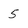
Character: 5